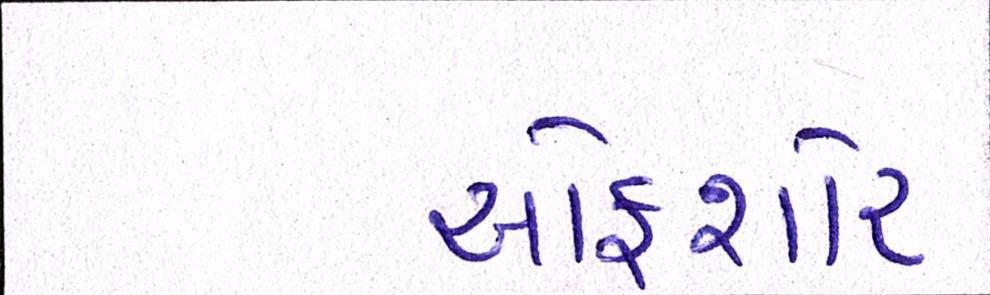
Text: ઓફશોર